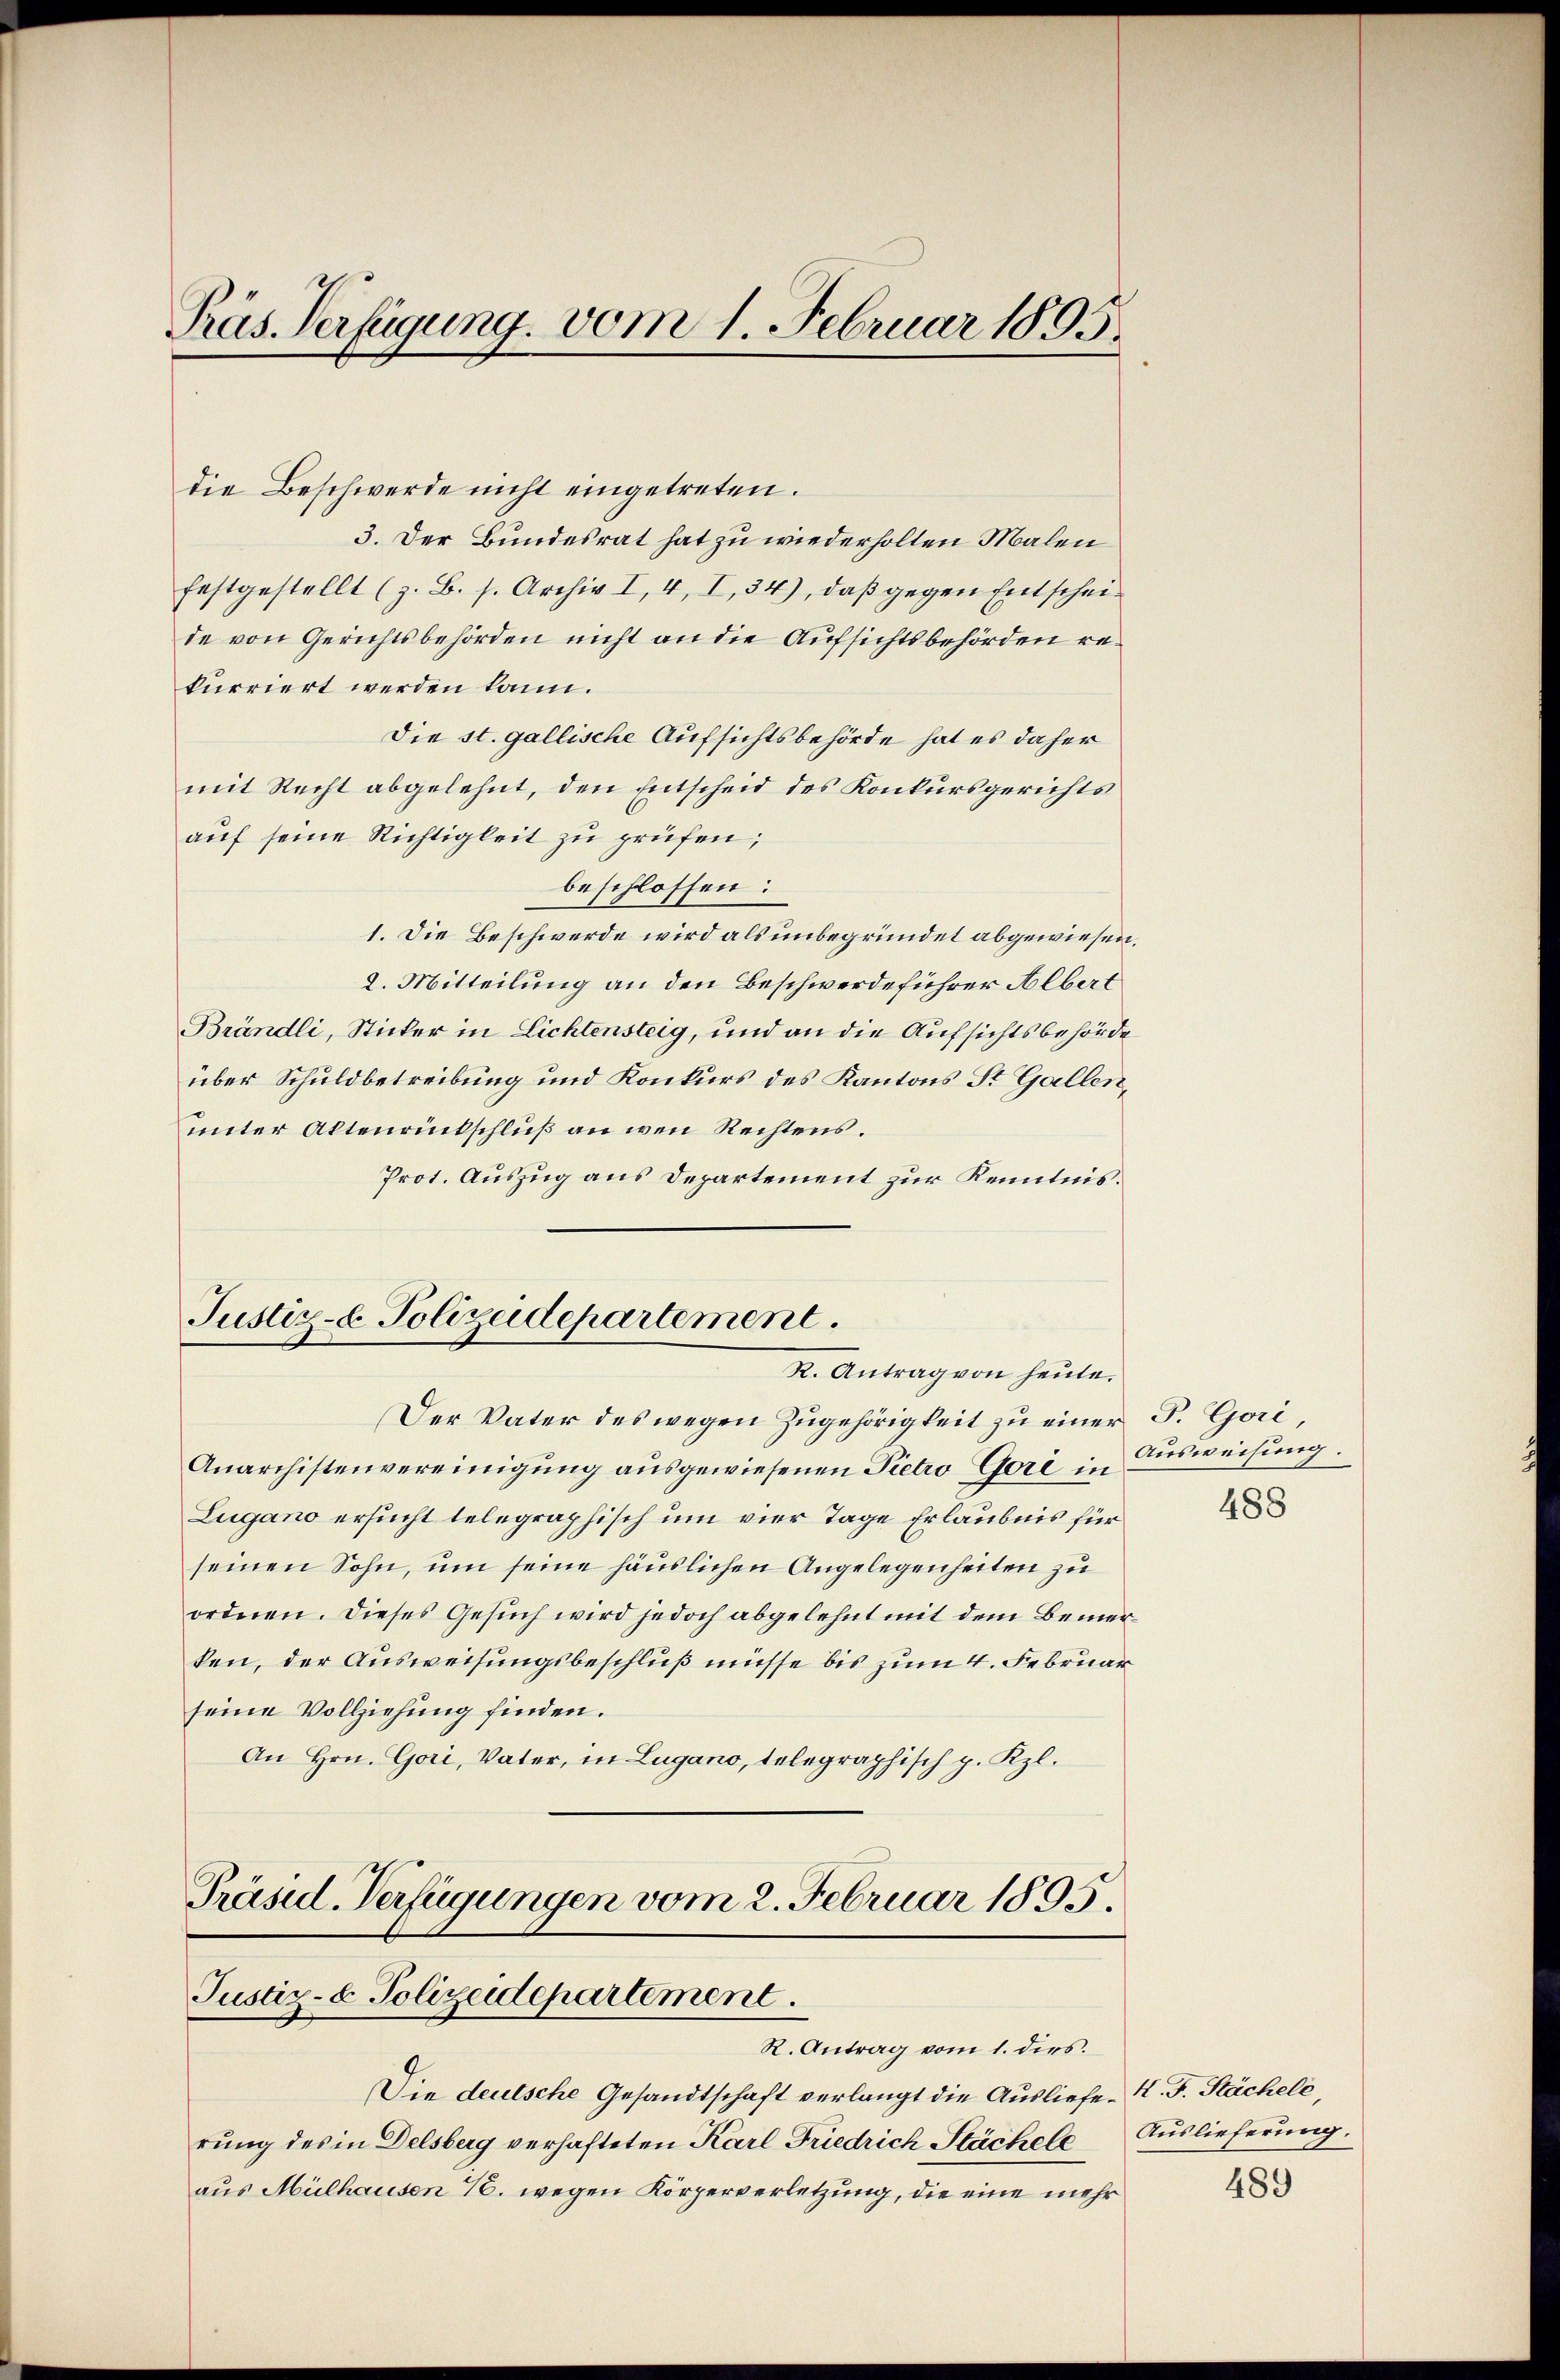
Präs. Verfügung vom 1. Februar 1895.

die Beschwerde nicht eingetreten.
3. Der Bundesrat hat zu wiederholten Malen
festgestellt (z. B. s. Archiv I, 4, I, 34), daβ gegen Entscheide von Gerichtsbehörden nicht an die Aufsichtsbehörden rekurriert werden kann.
Die st. gallische Aufsichtsbehörde hat es daher
mit Recht abgelehnt, den Entscheid des Konkursgerichts
auf seine Richtigkeit zu prüfen;
beschlossen:
1. Die Beschwerde wird als unbegründet abgewiesen,
2. Mitteilung an den Beschwerdeführer Albert
Brändli, Sticker in Lichtensteig, und an die Aufsichtsbehörde
über Schuldbetreibung und Konkurs des Kantons St. Gallen,
unter Altenrutschluß an wen Rechtens.
Prot. Auszug aus Departement zur Kenntnis.

Justiz- & Polizeidepartement.
R. Antrag von heute.

Der Vater des wegen Zugehörigkeit zu einer P. Gori
Anarchistenvereinigung ausgewiesenen Pietro Gori in
Lugano ersucht telegraphisch um vier Tage Erlaubnis für
seinen Sohn, um seine häuslichen Angelegenheiten zu
ordnen. Dieses Gesuch wird jedoch abgelehnt mit dem Bemerken, der Ausweisungsbeschluß müsse bis zum 4. Februar
seine Vollziehung finden.
An Hrn. Gori, Vater, in Lugano, telegraphisch p. Kzl.

Präsid. Verfügungen vom 2. Februar 1895.
Justiz- & Polizeidepartement.
R. Antrag vom 1. dies.

Die deutsche Gesandtschaft verlangt die Ausliefe K. F. Kächele,
rung des in Delsberg verhafteten Karl Friedrich Stächele Auslieferung.
aus Mülhausen 1. wegen Körperverletzung, die eine mehr

Ausweisung.

488

489